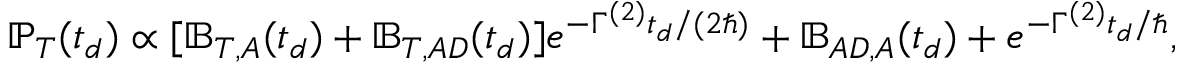
\mathbb { P } _ { T } ( t _ { d } ) \propto [ \mathbb { B } _ { T , A } ( t _ { d } ) + \mathbb { B } _ { T , A D } ( t _ { d } ) ] e ^ { - \Gamma ^ { ( 2 ) } t _ { d } / ( 2 \hbar ) } + \mathbb { B } _ { A D , A } ( t _ { d } ) + e ^ { - \Gamma ^ { ( 2 ) } t _ { d } / \hbar } ,